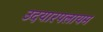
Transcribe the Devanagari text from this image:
उदयारपलायम